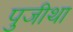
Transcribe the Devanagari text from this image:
पुजीथा